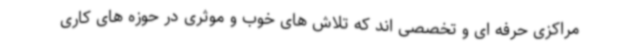
مراکزی حرفه ای و تخصصی اند که تلاش های خوب و موثری در حوزه های کاری